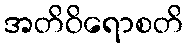
အတိဝိရောစတိ